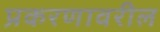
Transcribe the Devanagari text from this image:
प्रकरणावरील